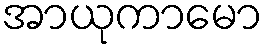
အာယုကာမော